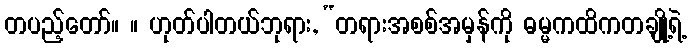
တပည့်တော်။ ။ ဟုတ်ပါတယ်ဘုရား, “တရားအစစ်အမှန်ကို ဓမ္မကထိကတချို့ရဲ့